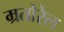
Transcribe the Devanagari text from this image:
म्रतोरेल